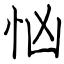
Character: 忷